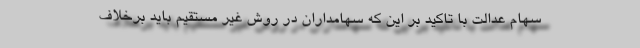
سهام عدالت با تاکید بر این که سهامداران در روش غیر مستقیم باید برخلاف